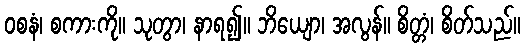
ဝစနံ၊ စကားကို။ သုတွာ၊ နာရ၍။ ဘိယျော၊ အလွန်။ စိတ္တံ၊ စိတ်သည်။